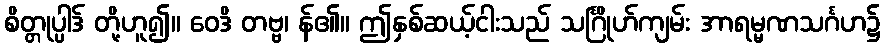
စိတ္တုပ္ပါဒ် တို့ဟူ၍။ ဝေဒိ တဗ္ဗ၊ န်၏။ ဤနှစ်ဆယ့်ငါးသည် သင်္ဂြိုဟ်ကျမ်း အာရမ္မဏသင်္ဂဟ၌